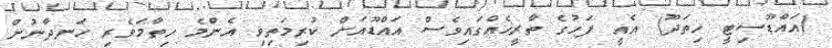
(އައްޑޫސިޓީ ހިތަދޫ) އެއީ ފަހުގެ ތާރީޚެއްގައިވެސް އައްޑޫއަށް ކުރިމަތިވި އެންމެ ހިތާމަވެރި ހަނދާނުން